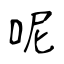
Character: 呢